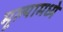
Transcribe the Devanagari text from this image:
मूल्यामध्ये